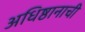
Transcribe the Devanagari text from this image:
अधिष्ठानाची